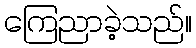
ကြေညာခဲ့သည်။